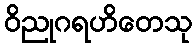
ဝိညုဂရဟိတေသု